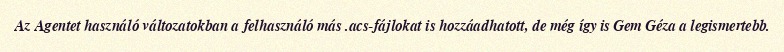
Az Agentet használó változatokban a felhasználó más .acs-fájlokat is hozzáadhatott, de még így is Gem Géza a legismertebb.